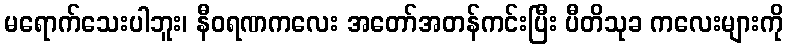
မရောက်သေးပါဘူး၊ နီဝရဏကလေး အတော်အတန်ကင်းပြီး ပီတိသုခ ကလေးများကို